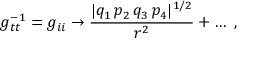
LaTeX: g _ { t t } ^ { - 1 } = g _ { i i } \rightarrow { \frac { | q _ { 1 } \, p _ { 2 } \, q _ { 3 } \, p _ { 4 } | ^ { 1 / 2 } } { r ^ { 2 } } } + \dots \ ,